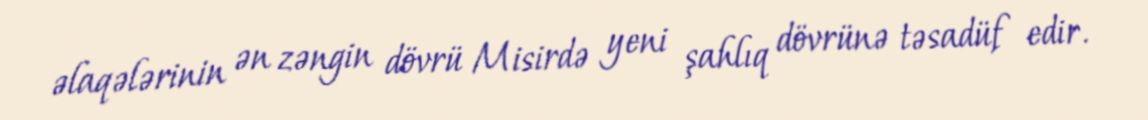
əlaqələrinin ən zəngin dövrü Misirdə yeni şahlıq dövrünə təsadüf edir.